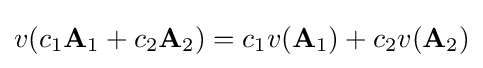
v(c_{1}\mathbf {A} _{1}+c_{2}\mathbf {A} _{2})=c_{1}v(\mathbf {A} _{1})+c_{2}v(\mathbf {A} _{2})